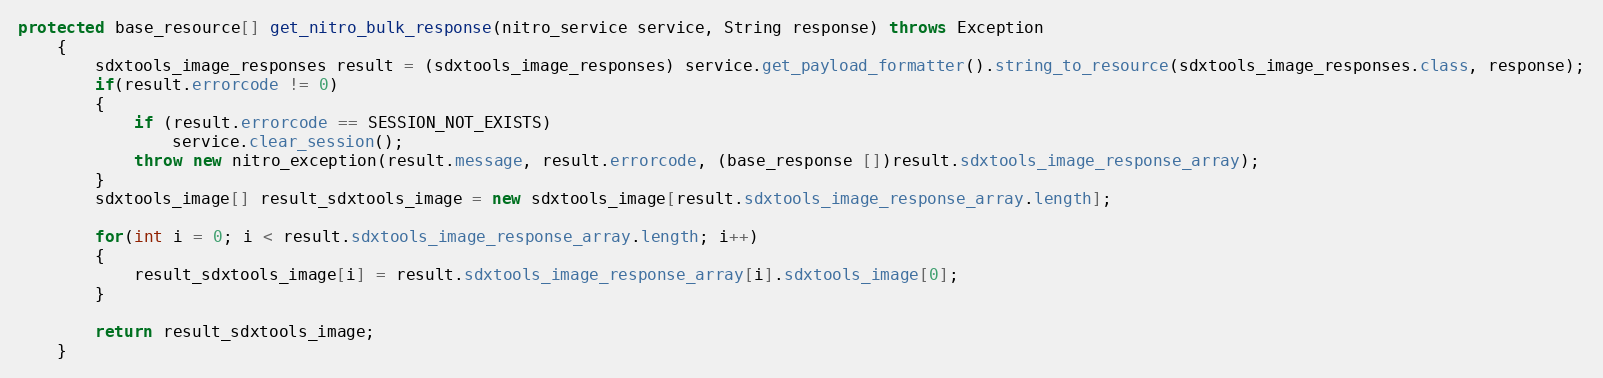
Language: Java
protected base_resource[] get_nitro_bulk_response(nitro_service service, String response) throws Exception
	{
		sdxtools_image_responses result = (sdxtools_image_responses) service.get_payload_formatter().string_to_resource(sdxtools_image_responses.class, response);
		if(result.errorcode != 0)
		{
			if (result.errorcode == SESSION_NOT_EXISTS)
				service.clear_session();
			throw new nitro_exception(result.message, result.errorcode, (base_response [])result.sdxtools_image_response_array);
		}
		sdxtools_image[] result_sdxtools_image = new sdxtools_image[result.sdxtools_image_response_array.length];

		for(int i = 0; i < result.sdxtools_image_response_array.length; i++)
		{
			result_sdxtools_image[i] = result.sdxtools_image_response_array[i].sdxtools_image[0];
		}

		return result_sdxtools_image;
	}